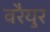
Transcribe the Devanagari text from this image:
वरैयुर